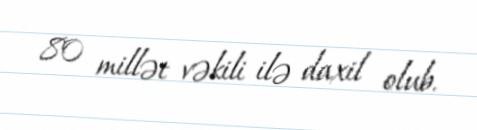
80 millət vəkili ilə daxil olub.